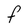
Character: F